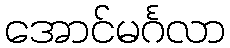
အောင်မင်္ဂလာ